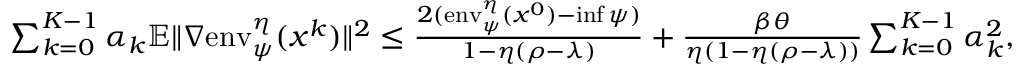
\begin{array} { r } { \sum _ { k = 0 } ^ { K - 1 } \alpha _ { k } \mathbb { E } \| \nabla \mathrm { e n v } _ { \psi } ^ { \eta } ( x ^ { k } ) \| ^ { 2 } \leq \frac { 2 ( \mathrm { e n v } _ { \psi } ^ { \eta } ( x ^ { 0 } ) - \operatorname* { i n f } \psi ) } { 1 - \eta ( \rho - \lambda ) } + \frac { \beta \theta } { \eta ( 1 - \eta ( \rho - \lambda ) ) } \sum _ { k = 0 } ^ { K - 1 } \alpha _ { k } ^ { 2 } , } \end{array}